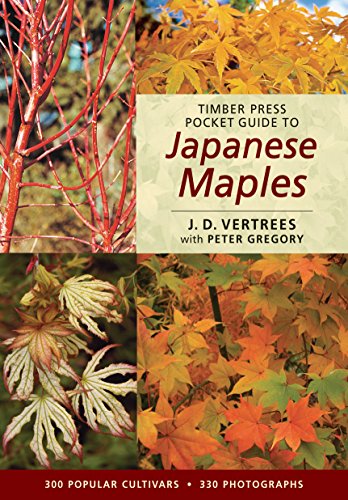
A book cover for Timber Press Pocket Guide to Japanese Maples (Timber Press Pocket Guides); J. D. Vertrees; Crafts, Hobbies & Home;